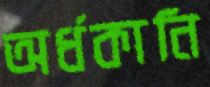
অর্ধকানি